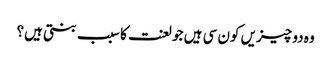
وہ دو چیزیں کون سی ہیں جو لعنت کا سبب بنتی ہیں؟